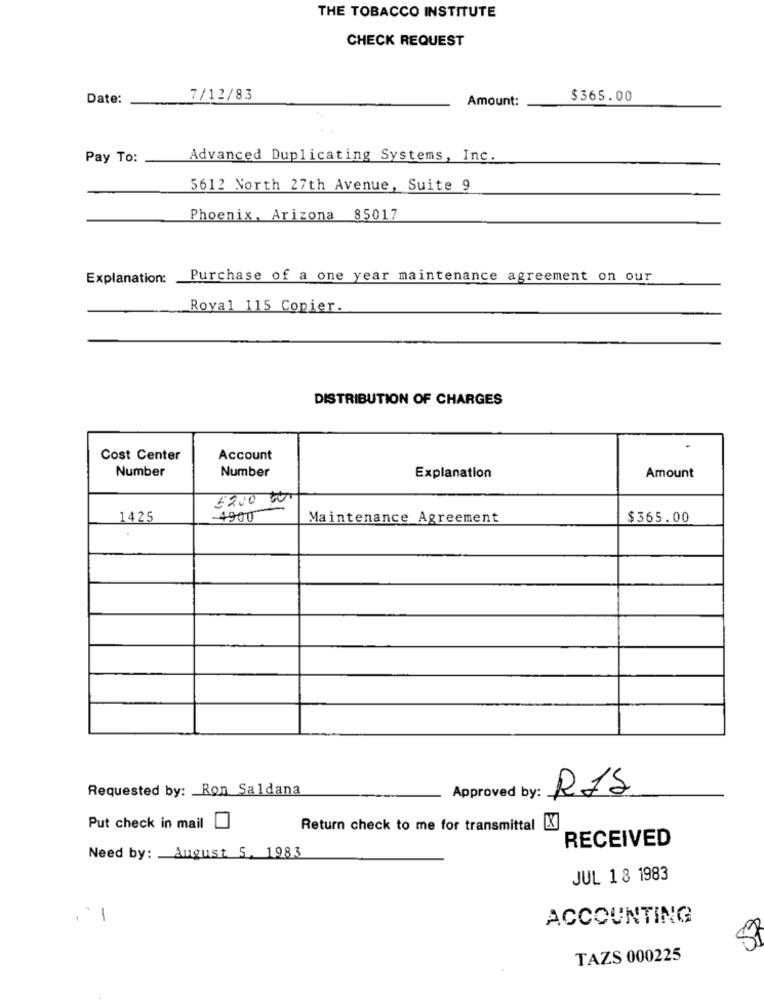
THE TOBACCO INSTITUTE
CHECK REQUEST
Date:
7/12/83
Amount:
$365.00
Pay To:
Advanced Duplicating Systems, Inc.
5612 North 27th Avenue, Suite 9
Phoenix, Arizona 85017
Explanation: Purchase of a one year maintenance agreement on our
Royal 115 Copier.
DISTRIBUTION OF CHARGES
Cost Center
Account
Number
Number
Explanation
Amount
5200 000
1425
-4900
Maintenance Agreement
$365.00
Requested by: Ron Saldana
Approved by:
R1S
Put check in mail
Return check to me for transmittal K
RECEIVED
Need by: August 5, 1983
JUL 1 8 1983
-
ACCOUNTING
08
TAZS 000225